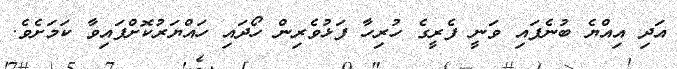
އަދި އިއްޔެ ބުނެފައި ވަނީ ފެރީގެ ހުރިހާ ފަޅުވެރިން ހޯދައި ހައްޔަރުކޮށްފައިވާ ކަމަށެވެ.